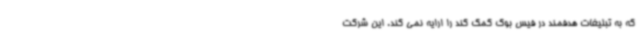
که به تبلیغات هدفمند در فیس بوک کمک کند را ارایه نمی کند. این شرکت